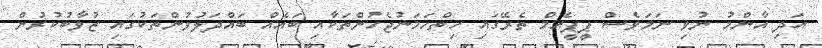
އަދި އާންމު ނުވި ނަމަވެސް ޕީޕީއެމް ތެރޭގައި ހިތްހަމަނުޖެހުންތަކާއި ބައެއް ބައްދަލުވުންތަކުގައި ޒުވާބުކުރުން